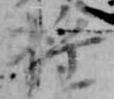
将